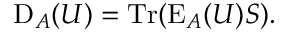
\operatorname { D } _ { A } ( U ) = \operatorname { T r } ( \operatorname { E } _ { A } ( U ) S ) .